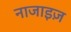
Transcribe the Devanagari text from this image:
नाजाइज़